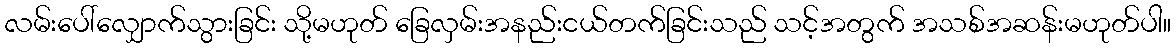
လမ်းပေါ်လျှောက်သွားခြင်း သို့မဟုတ် ခြေလှမ်းအနည်းငယ်တက်ခြင်းသည် သင့်အတွက် အသစ်အဆန်းမဟုတ်ပါ။